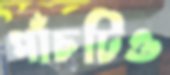
পাঁচটিও